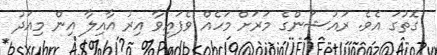
ގޮތުގަ އެވެ. ރައުޝަންގެ މަރަށް މަހެއް ވެފައިވާ އިރު އާއިލާ އިން މިއަދު